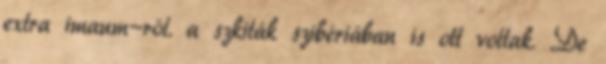
extra imaum-ról. a szkiták szibériában is ott voltak. De